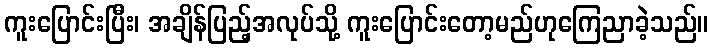
ကူးပြောင်းပြီး၊ အချိန်ပြည့်အလုပ်သို့ ကူးပြောင်းတော့မည်ဟုကြေညာခဲ့သည်။